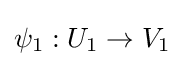
\psi _{1}:U_{1}\to V_{1}